Veski_algkool, lk 31
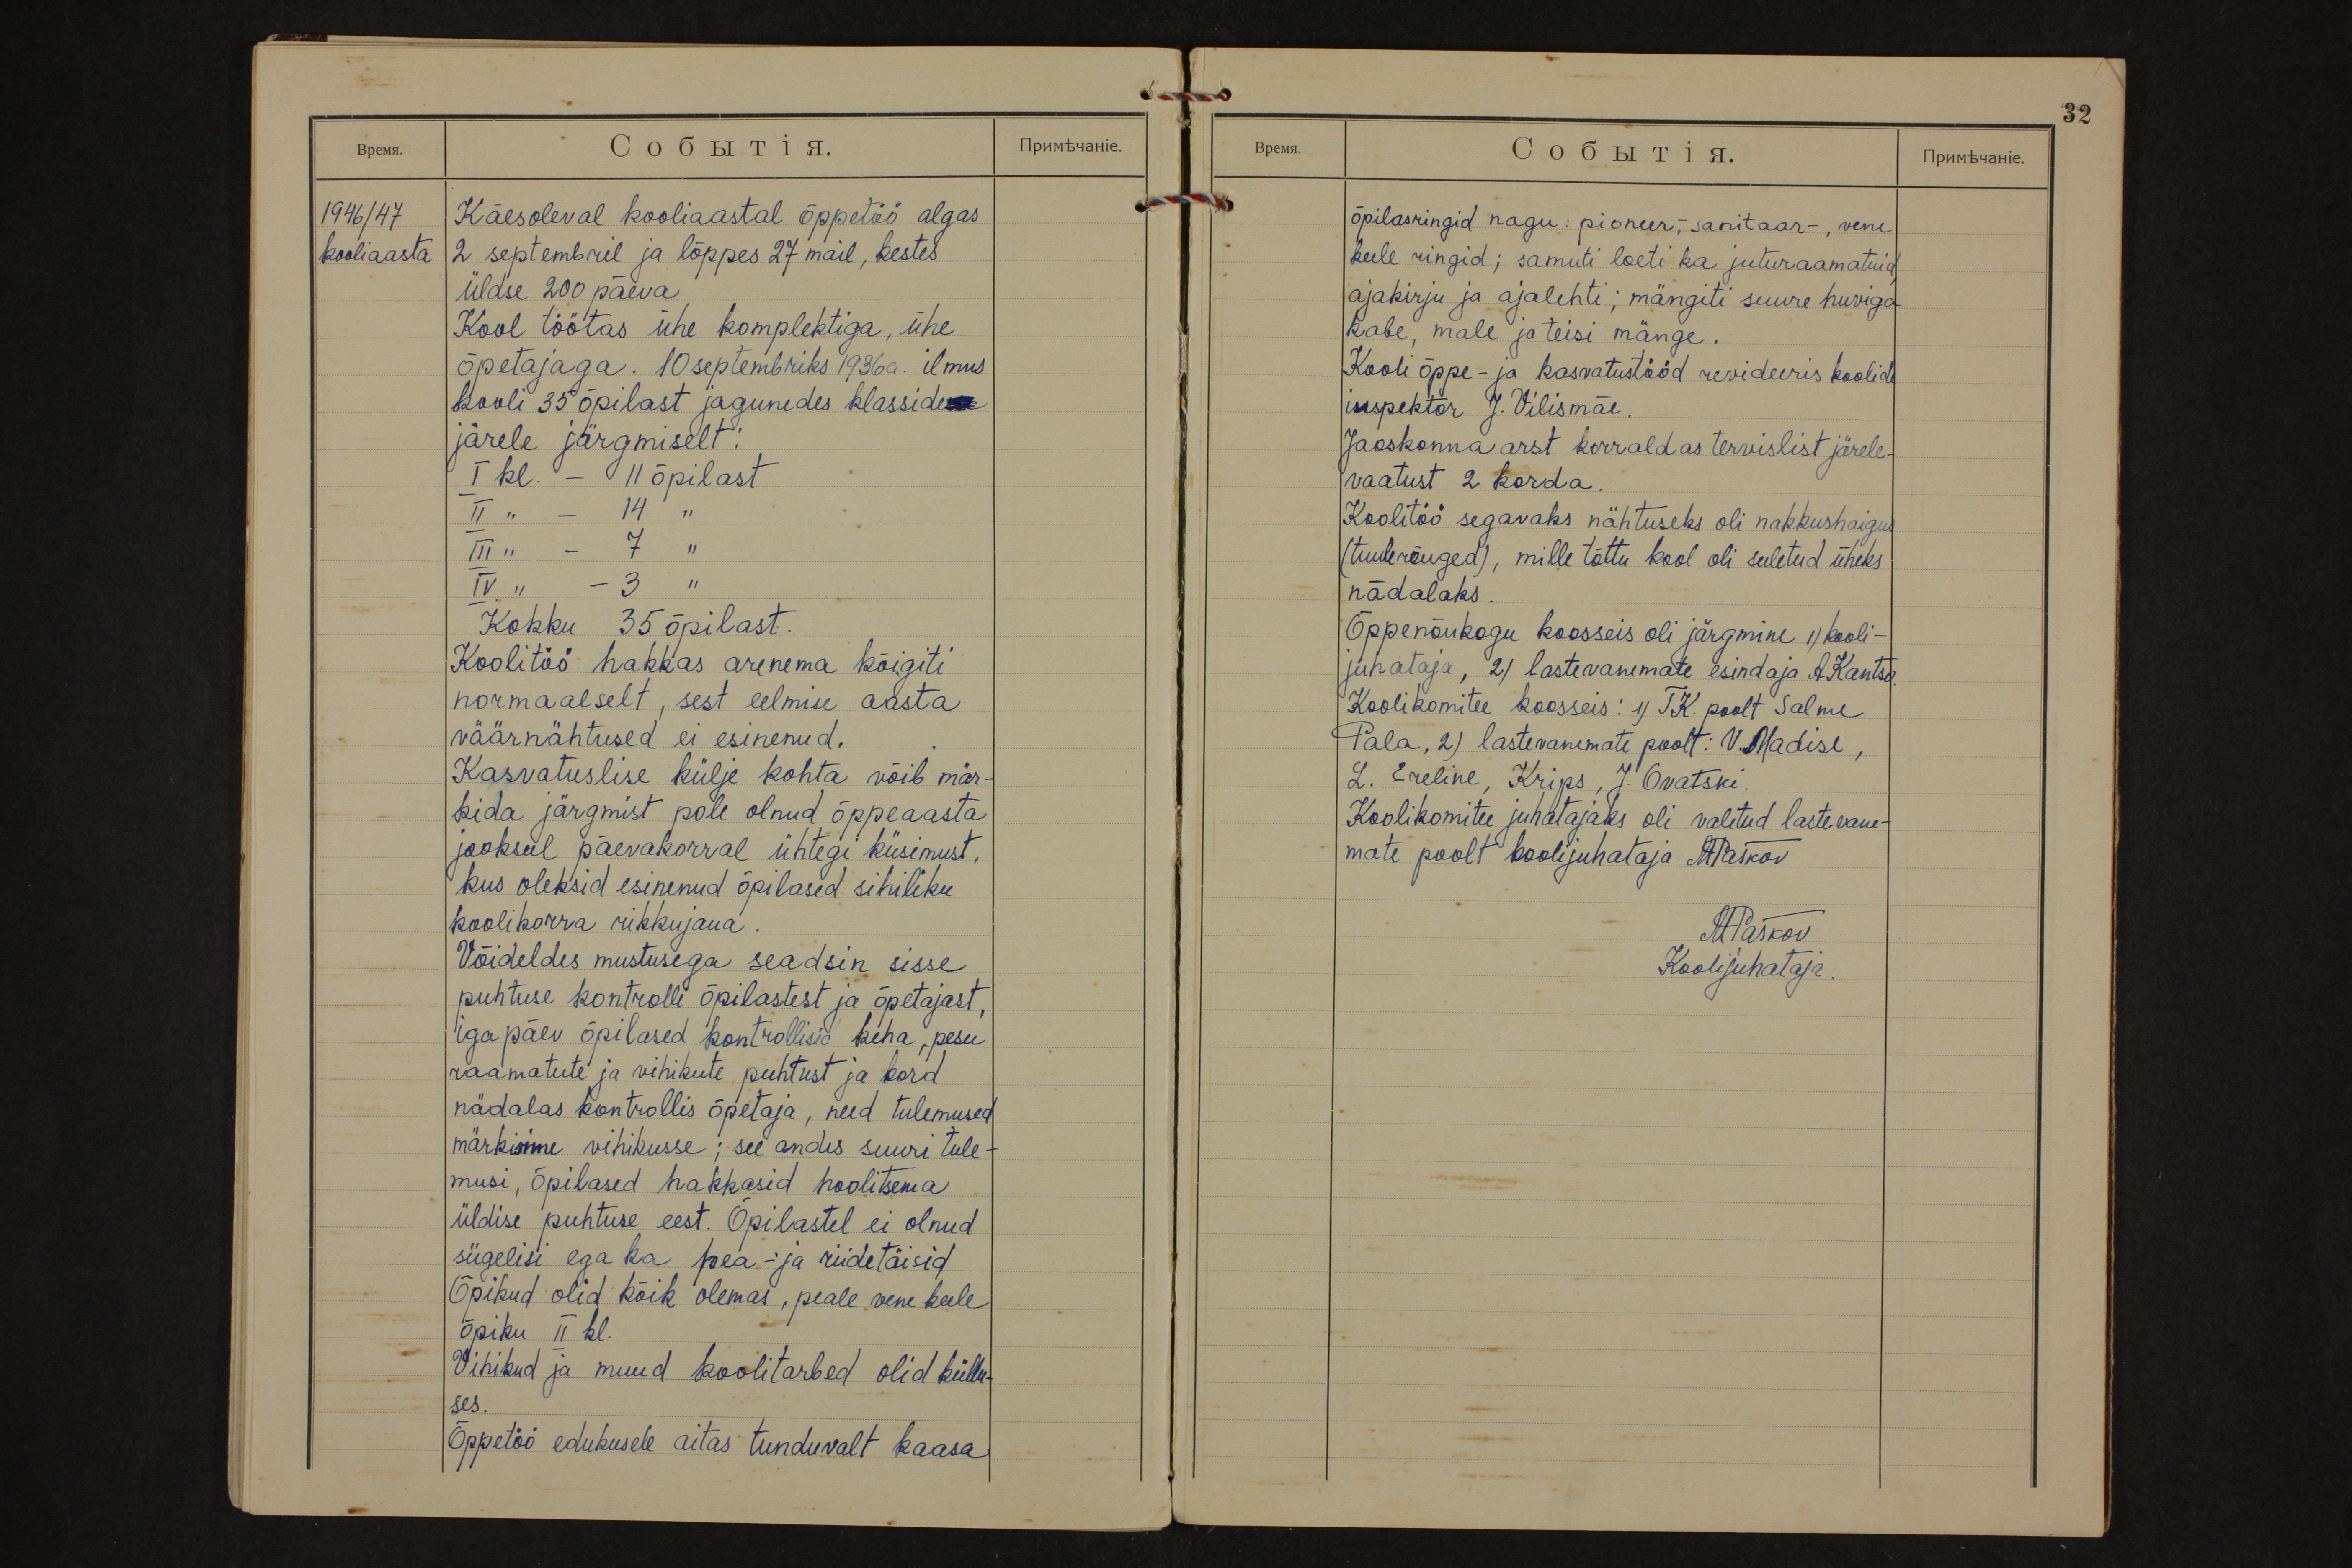
32

1946/47
kooliaasta
Käesoleval kooliaastal õppetöö algas
2 septembril ja lõppes 27 mail, kestes
üldse 200 päeva
Kool töötas ühe komplektiga, ühe
õpetajaga. 10 septembriks 1936a. ilmus
kooli 35 õpilast jagunedes klasside
järele järgmiselt:
I kl. - 11 õpilast
II " - 14 "
III " - 7 "
IV " - 3 "
Kokku 35 õpilast.
Koolitöö hakkas arenema kõigiti
normaalselt, sest eelmise aasta
väärnähtused ei esinenud.
Kasvatuslise külje kohta võib mär-
kida järgmist pole olnud õppeaasta
jooksul päevakorral ühtegi küsimust,
kus oleksid esinenud õpilased sihiliku
koolikorra rikkujana.
Võideldes mustusega seadsin sisse
puhtuse kontrolli õpilastest ja õpetajast,
iga päev õpilased kontrollisid keha, pesu
raamatute ja vihikute puhtust ja kord
nädalas kontrollis õpetaja, need tulemused
märkisime vihikusse; see andis suuri tule-
musi, õpilased hakkasid hoolitsema
üldise puhtuse eest. Õpilastel ei olnud
sügelisi ega ka pea- ja riidetäisid
Õpikud olid kõik olemas, peale vene keele
õpiku II kl.
Vihikud ja muud koolitarbed olid küllu-
ses.
Õppetöö edukusele aitas tunduvalt kaasa

õpilasringid nagu: pioneer-, sanitaar-, vene
keele ringid; samuti loeti ka juturaamatuid,
ajakirju ja ajalehti; mängiti suure huviga
kabe, male ja teisi mänge.
Kooli õppe- ja kasvatustööd revideeris koolide
inspektor J. Vilismäe.
Jaoskonna arst korraldas tervislist järele-
vaatust 2 korda.
Koolitöö segavaks nähtuseks oli nakkushaigus
(tuulerõuged), mille tõttu kool oli suletud üheks
nädalaks.
Õppenõukogu koosseis oli järgmine 1) kooli-
juhataja, 2) lastevanemate esindaja A.Kantso.
Koolikomitee koosseis: 1) TK. poolt Salme
Pala, 2) lastevanemate poolt: V. Madise,
L. Ereline, Krips, J. Ovatski.
Koolikomitee juhatajaks oli valitud lastevane-
mate poolt koolijuhataja MPaškov
MPaškov
Koolijuhataja.